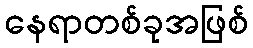
နေရာတစ်ခုအဖြစ်